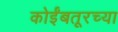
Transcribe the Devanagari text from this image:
कोईंबतूरच्या